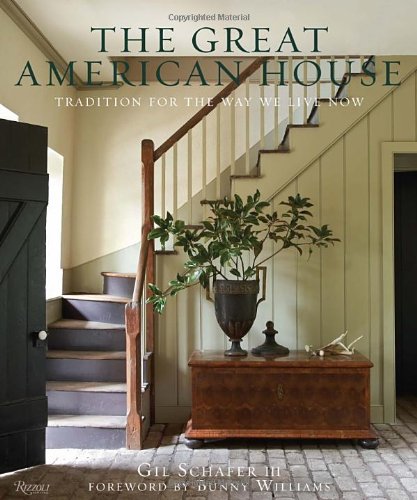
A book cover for The Great American House: Tradition for the Way We Live Now; Gil Schafer III; Crafts, Hobbies & Home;